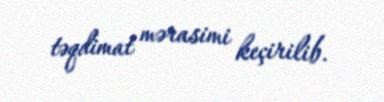
təqdimat mərasimi keçirilib.